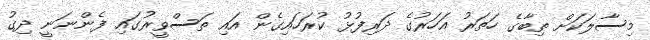
މިސާލަކަށް ތިބާގެ ހަތަރު އަހަރުގެ ދަރިފުޅު ކުރަހައިގެން އައި ތަސްވީރުގައި ފެންނަނީ ދިގު